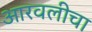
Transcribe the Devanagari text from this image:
आरवलीचा